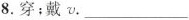
8.穿；戴v.___